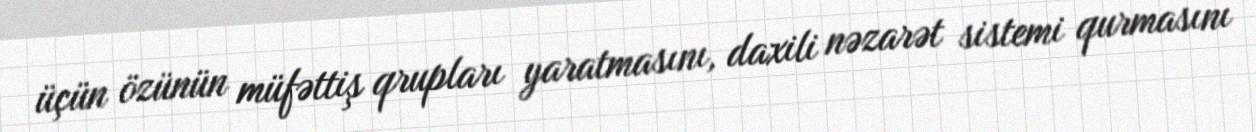
üçün özünün müfəttiş qrupları yaratmasını, daxili nəzarət sistemi qurmasını